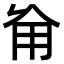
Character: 𠃰